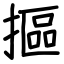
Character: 摳